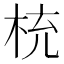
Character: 𣑁